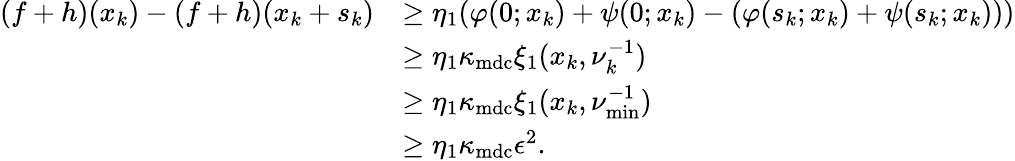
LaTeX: \begin{array}{rl}{(f+h)(x_{k})-(f+h)(x_{k}+s_{k})}&{\geq\eta_{1}(\varphi(0;x_{k})+\psi(0;x_{k})-(\varphi(s_{k};x_{k})+\psi(s_{k};x_{k})))}\\ &{\geq\eta_{1}\kappa_{\textup{mdc}}\xi_{1}(x_{k},\nu_{k}^{-1})}\\ &{\geq\eta_{1}\kappa_{\textup{mdc}}\xi_{1}(x_{k},\nu_{\operatorname*{min}}^{-1})}\\ &{\geq\eta_{1}\kappa_{\textup{mdc}}\epsilon^{2}.}\end{array}